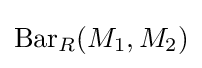
\operatorname {Bar} _{R}(M_{1},M_{2})